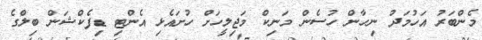
މެންބަރު އަހުމަދު ނިހާން ހުސެން މަނިކް މަޖިލީހަށް ހުށައެޅި އެންޓި ޑިފެކްޝަން ބިލްގެ